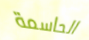
الحاسمة